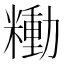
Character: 𰫍